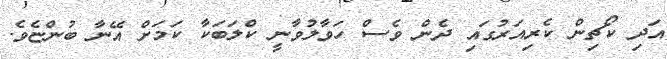
އަދި ކޯޗިން ކެރިއަރުގައި ދެން ވެސް ހަވާލުވާނީ ކްލަބަކާ ކަމަށް އޭނާ ބުންޏެވެ.